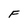
Character: F